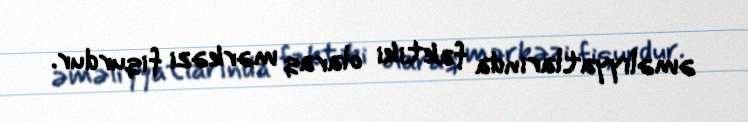
əməliyyatlarında faktiki olaraq mərkəzi fiqurdur.